Vaccine operations Central Provinces 1868-1885 - 1868-1885
Year: 1868
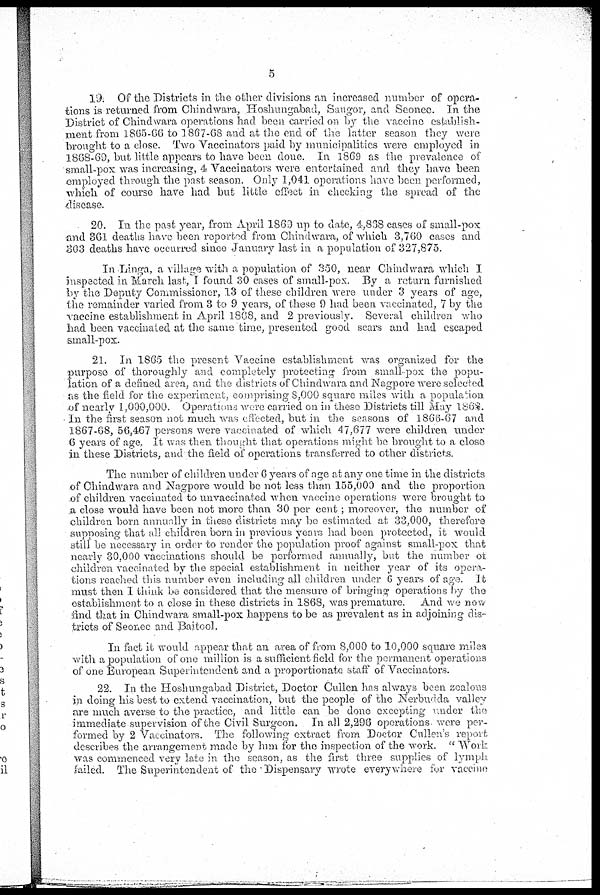
5
19. Of the Districts in the other divisions an increased number of opera-
tions is returned from Chindwara, Hoshungabad, Saugor, and Seonce. In the
District of Chindwara operations had been carried on by the vaccine establish¬
ment from 1865-66 to 1867-68 and at the end of the latter season they were
brought to a close. Two Vaccinators paid by municipalities were employed in
1868-69, but little appears to have been done. In 1869 as the prevalence of
small-pox was increasing, 4 Vaccinators were entertained and they have been
employed through the past season. Only 1,041 operations have been performed,
which of course have had but little effect in checking the spread of the
disease.
20. In the past year, from April 1869 up to date, 4,838 cases of small-pox
and 361 deaths have been reported from Chindwara, of which 3,760 cases and
303 deaths have occurred since January last in a population of 327,875.
In Linga, a village with a population of 350, near Chindwara which I
inspected in March last, I found 30 cases of small-pox. By a return furnished
by the Deputy Commissioner, 13 of these children were under 3 years of age,
the remainder varied from 3 to 9 years, of these 9 had been vaccinated, 7 by the
vaccine establishment in April 1868, and 2 previously. Several children who
had been vaccinated at the same time, presented good scars and had escaped
small-pox.
21. In 1865 the present Vaccine establishment was organized for the
purpose of thoroughly and completely protecting from small-pox the popu-
lation of a defined area, and the districts of Chindwara and Nagpore were selected
as the field for the experiment, comprising 8,000 square miles with a population
of nearly 1,000,000. Operations were carried on in these Districts till May 1868.
In the first season not much was effected, but in the seasons of 1866-67 and
1867-68, 56,467 persons were vaccinated of which 47,677 were children under
6 years of age. It was then thought that operations might be brought to a close
in these Districts, and the field of operations transferred to other districts.
The number of children under 6 years of age at any one time in the districts
of Chindwara and Nagpore would be not less than 155,000 and the proportion
of children vaccinated to unvaccinated when vaccine operations were brought to
a close would have been not more than 30 per cent ; moreover, the number of
children born annually in these districts may be estimated at 33,000, therefore
supposing that all children born in previous years had been protected, it would
still be necessary in order to render the population proof against small-pox that
nearly 30,000 vaccinations should be performed annually, but the number of
children vaccinated by the special establishment in neither year of its opera-
tions reached this number even including all children under 6 years of age. It
must then I think be considered that the measure of bringing operations by the
establishment to a close in these districts in 1868, was premature. And we now
find that in Chindwara small-pox happens to be as prevalent as in adjoining dis-
tricts of Seonee and Baitool.
In fact it would appear that an area of from 8,000 to 10,000 square miles
with a population of one million is a sufficient field for the permanent operations
of one European Superintendent and a proportionate staff of Vaccinators.
22. In the Hoshungabad District, Doctor Cullen has always been zealous
in doing his best to extend vaccination, but the people of the Nerbudda valley
are much averse to the practice, and little can be done excepting under the
immediate supervision of the Civil Surgeon. In all 2,296 operations were per-
formed by 2 Vaccinators. The following extract from Doctor Cullen's report
describes the arrangement made by him for the inspection of the work. " Work
was commenced very late in the season, as the first three supplies of lymph
failed. The Superintendent of the Dispensary wrote everywhere for vaccine